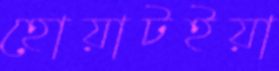
হোয়াটইয়া